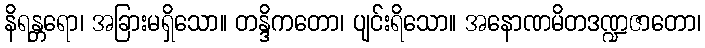
နိရန္တရော၊ အခြားမရှိသော။ တန္ဒိကတော၊ ပျင်းရိသော။ အနောဏမိတဒဏ္ဍဇာတော၊